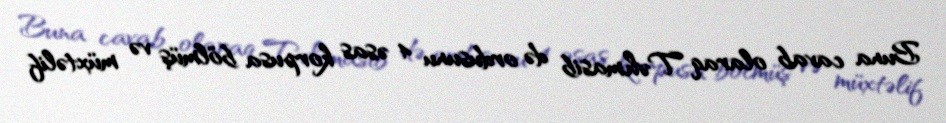
Buna cavab olaraq Təhmasib də ordusunu 4 əsas korpusa bölmüş və müxtəlif